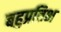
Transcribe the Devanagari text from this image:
बहुप्रतिभ